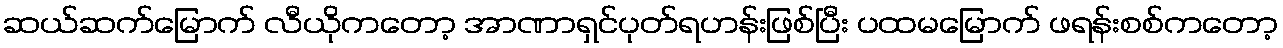
ဆယ်ဆက်မြောက် လီယိုကတော့ အာဏာရှင်ပုတ်ရဟန်းဖြစ်ပြီး ပထမမြောက် ဖရန်းစစ်ကတော့